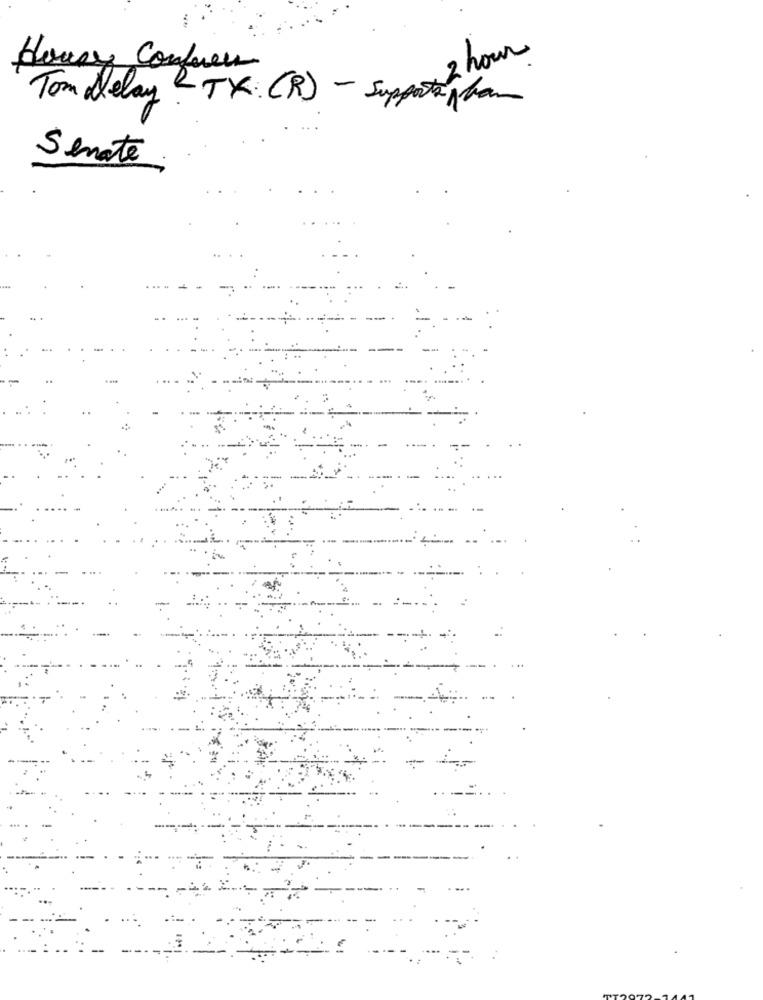
2 hour
House Confess
Tom Delay RTX: (R) - Supportag ban
Senate
-